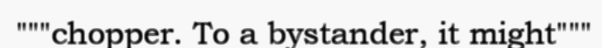
"""chopper. To a bystander, it might"""